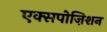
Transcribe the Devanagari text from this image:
एक्सपोज़िशन